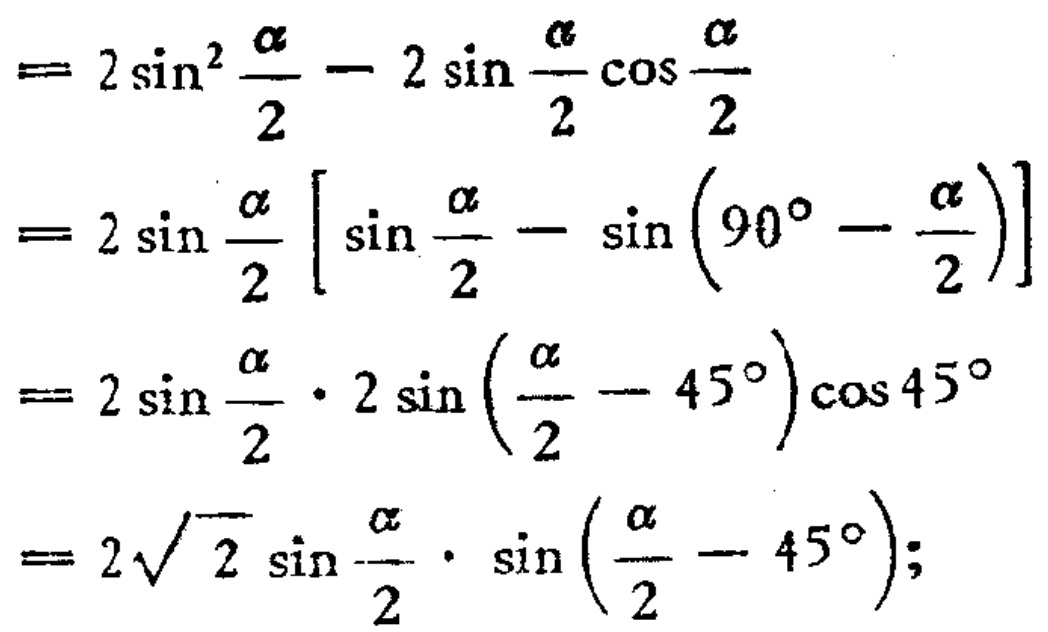
\[

\begin{align*}

&= 2\sin^{2}\frac{\alpha}{2}-2\sin\frac{\alpha}{2}\cos\frac{\alpha}{2}\\

&= 2\sin\frac{\alpha}{2}\left[\sin\frac{\alpha}{2}-\sin\left(90^{\circ}-\frac{\alpha}{2}\right)\right]\\

&= 2\sin\frac{\alpha}{2}\cdot2\sin\left(\frac{\alpha}{2}-45^{\circ}\right)\cos45^{\circ}\\

&= 2\sqrt{2}\sin\frac{\alpha}{2}\cdot\sin\left(\frac{\alpha}{2}-45^{\circ}\right);

\end{align*}

\]